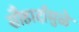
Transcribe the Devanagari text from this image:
सौहार्दामुळे